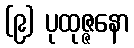
(၉) ပုထုဇ္ဇနော